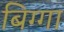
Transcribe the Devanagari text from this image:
बिग्गा